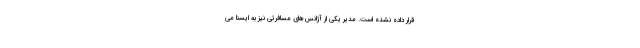
قرار داده نشده است. مدیر یکی از آژانس‌های مسافرتی نیز به ایسنا می